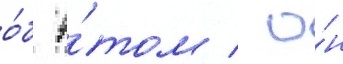
о́б э́том / о́н